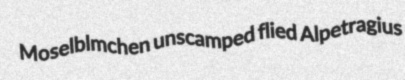
Moselblmchen unscamped flied Alpetragius